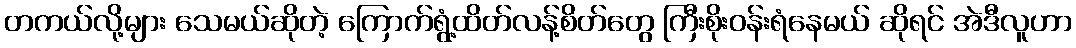
တကယ်လို့များ သေမယ်ဆိုတဲ့ ကြောက်ရွံ့ထိတ်လန့်စိတ်တွေ ကြီးစိုးဝန်းရံနေမယ် ဆိုရင် အဲဒီလူဟာ